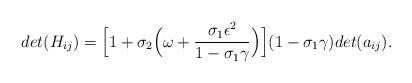
LaTeX: \begin{align*} det(H_{ij}) = \Bigl[1 + \sigma_2 \Bigl(\omega + \dfrac{\sigma_1 \epsilon^2}{1 - \sigma_1 \gamma}\Bigr)\Bigr](1 - \sigma_1 \gamma)det(a_{ij}). \end{align*}